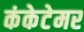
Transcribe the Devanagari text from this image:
कंकेटेमर